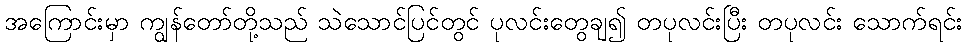
အကြောင်းမှာ ကျွန်တော်တို့သည် သဲသောင်ပြင်တွင် ပုလင်းတွေချ၍ တပုလင်းပြီး တပုလင်း သောက်ရင်း